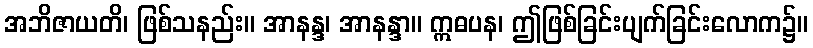
အဘိဇာယတိ၊ ဖြစ်သနည်း။ အာနန္ဒ၊ အာနန္ဒာ။ ဣဓပန၊ ဤဖြစ်ခြင်းပျက်ခြင်းလောက၌။